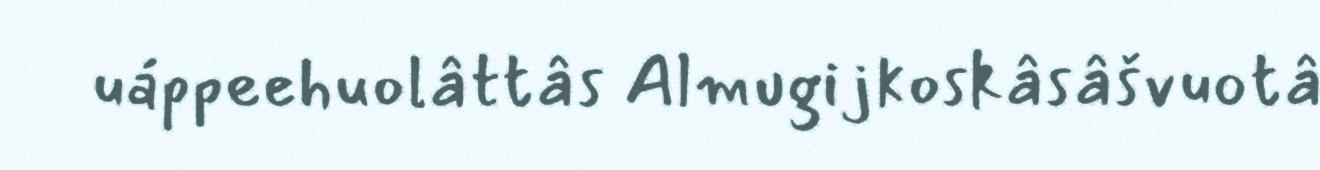
uáppeehuolâttâs Almugijkoskâsâšvuotâ